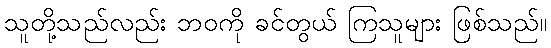
သူတို့သည်လည်း ဘဝကို ခင်တွယ် ကြသူများ ဖြစ်သည်။